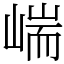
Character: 㟨